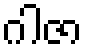
ဂါဇာ